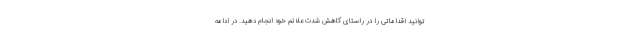
توانید اقداماتی را در راستای کاهش شدت علائم خود انجام دهید. در ادامه